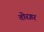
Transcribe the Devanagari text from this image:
तोरग़र